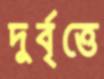
দুর্বৃত্তে